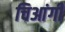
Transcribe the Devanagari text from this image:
चिआंगी